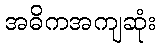
အဓိကအကျဆုံး